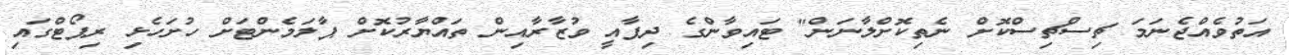
އަތުވެއްޖެނަމަ ޗިސްޗިސްކޮށް ނެތިކޮށްލާނަން" ޓައިވާންގެ ދިފާއީ ވުޒާރާއިން ތައްޔާރުކޮށް ޕާލަމެންޓަށް ހުށަހެޅި ރިޕޯޓްގައި